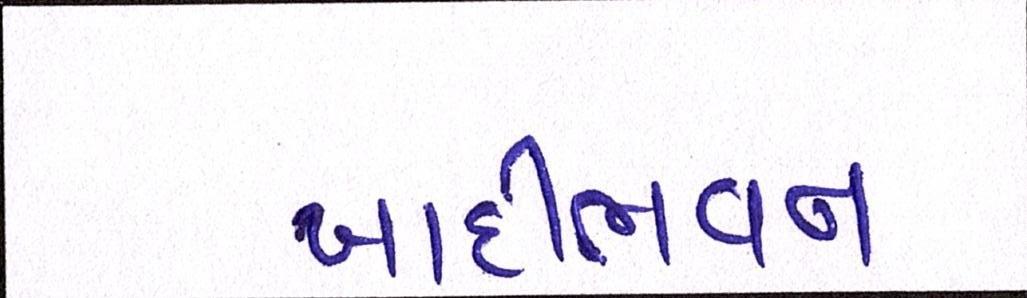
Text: ખાદીભવન